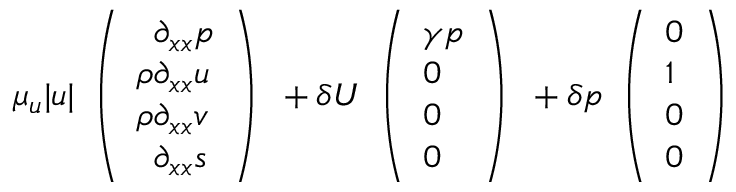
\mu _ { u } | u | \begin{array} { l } { \left( \begin{array} { l } { \phantom { \rho } \partial _ { x x } p } \\ { \rho \partial _ { x x } u } \\ { \rho \partial _ { x x } v } \\ { \phantom { \rho } \partial _ { x x } s } \end{array} \right) } \end{array} + \delta U \begin{array} { l } { \left( \begin{array} { l } { \gamma p } \\ { 0 } \\ { 0 } \\ { 0 } \end{array} \right) } \end{array} + \delta p \begin{array} { l } { \left( \begin{array} { l } { 0 } \\ { 1 } \\ { 0 } \\ { 0 } \end{array} \right) } \end{array}